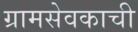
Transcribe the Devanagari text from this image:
ग्रामसेवकाची